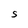
Character: S